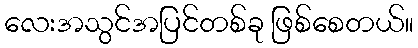
လေးအသွင်အပြင်တစ်ခု ဖြစ်စေတယ်။